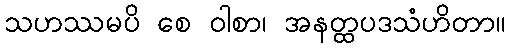
သဟဿမပိ စေ ဝါစာ၊ အနတ္ထပဒသံဟိတာ။